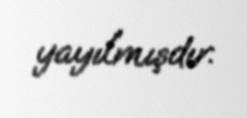
yayılmışdır.